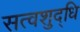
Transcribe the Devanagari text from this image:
सत्वशुद्धि